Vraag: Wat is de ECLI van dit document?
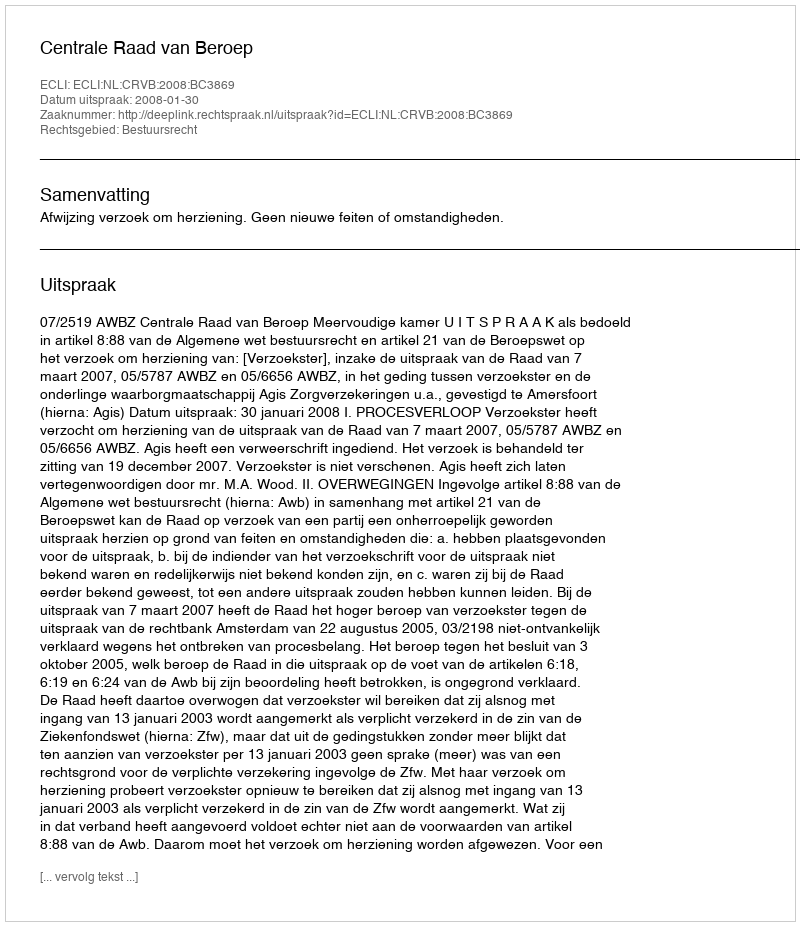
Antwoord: ECLI:NL:CRVB:2008:BC3869